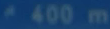
400 m